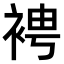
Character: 𧚗